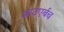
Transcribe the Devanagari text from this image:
आउएर्बच